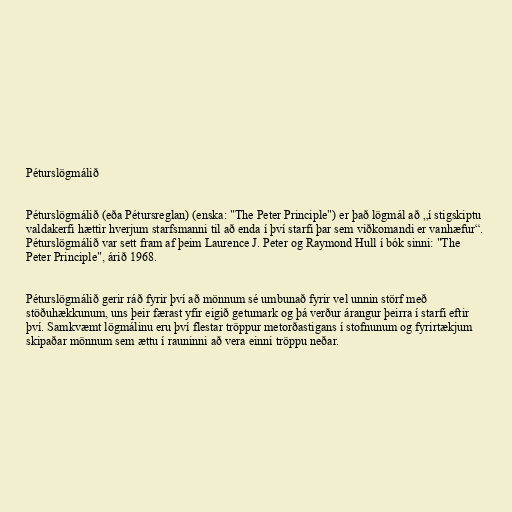
Péturslögmálið

Péturslögmálið (eða Pétursreglan) (enska: "The Peter Principle") er það lögmál að „í stigskiptu
valdakerfi hættir hverjum starfsmanni til að enda í því starfi þar sem viðkomandi er vanhæfur“.
Péturslögmálið var sett fram af þeim Laurence J. Peter og Raymond Hull í bók sinni: "The
Peter Principle", árið 1968.

Péturslögmálið gerir ráð fyrir því að mönnum sé umbunað fyrir vel unnin störf með
stöðuhækkunum, uns þeir færast yfir eigið getumark og þá verður árangur þeirra í starfi eftir
því. Samkvæmt lögmálinu eru því flestar tröppur metorðastigans í stofnunum og fyrirtækjum
skipaðar mönnum sem ættu í rauninni að vera einni tröppu neðar.